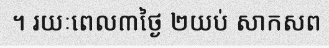
។ រយៈពេល៣ថ្ងៃ ២យប់ សាកសព